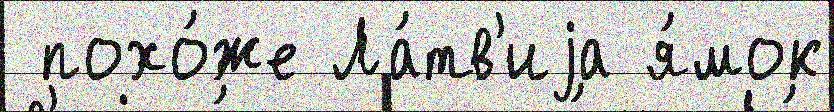
 похо́же Ла́тв'иjа я́мок